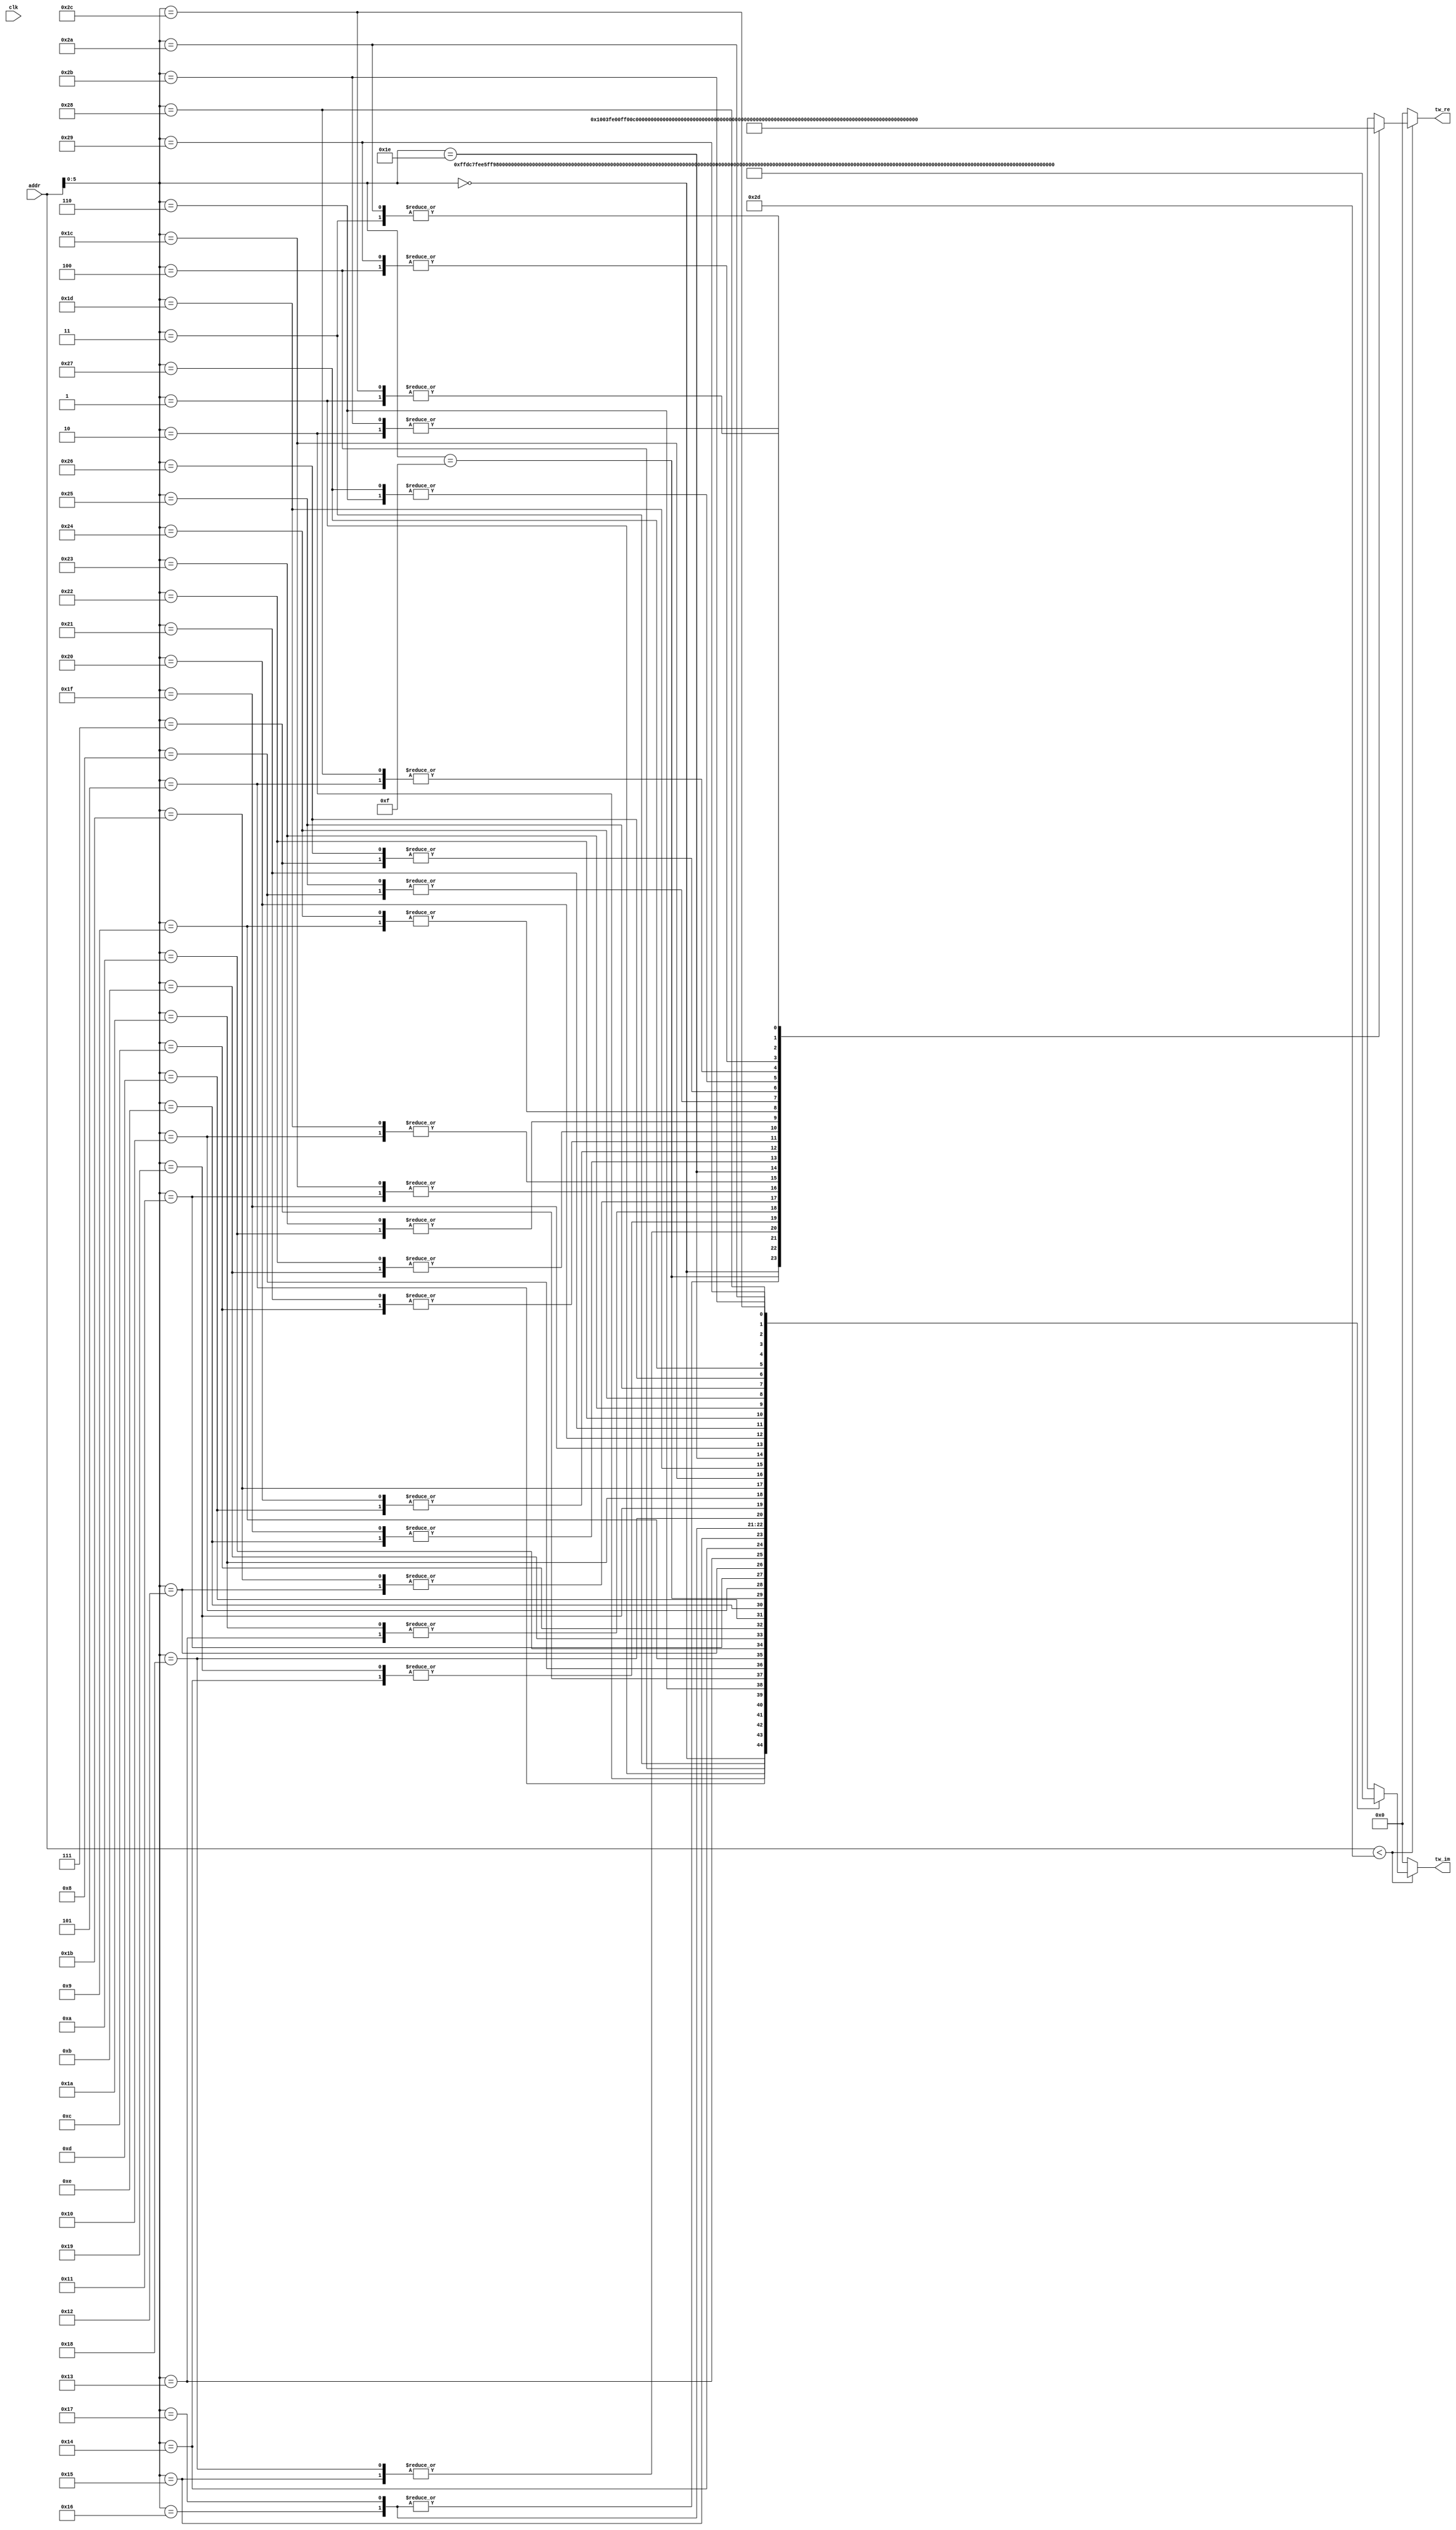
module Twiddle45 #(
    parameter   TW_FF = 0   //  Use Output Register
)(
    input           clk,  //  Master Clock
    input   [10:0]   addr,   //  Twiddle Factor Number
    output  [17:0]  tw_re,  //  Twiddle Factor (Real)
    output  [17:0]  tw_im   //  Twiddle Factor (Imag)
);

wire[17:0]  wn_re[0:44];   //  Twiddle Table (Real)
wire[17:0]  wn_im[0:44];   //  Twiddle Table (Imag)
wire[17:0]  mx_re;          //  Multiplexer output (Real)
wire[17:0]  mx_im;          //  Multiplexer output (Imag)
reg [17:0]  ff_re;          //  Register output (Real)
reg [17:0]  ff_im;          //  Register output (Imag)

assign  mx_re = addr<45 ? wn_re[addr] : 0;
assign  mx_im = addr<45 ? wn_im[addr] : 0;

always @(posedge clk) begin
    ff_re <= mx_re;
    ff_im <= mx_im;
end

assign  tw_re = TW_FF ? ff_re : mx_re;
assign  tw_im = TW_FF ? ff_im : mx_im;
assign wn_re[0] = 18'b000000010000000000; assign wn_im[0] = 18'b000000000000000000; 
assign wn_re[1] = 18'b000000001111110110; assign wn_im[1] = 18'b111111111101110001; 
assign wn_re[2] = 18'b000000001111011000; assign wn_im[2] = 18'b111111111011100101; 
assign wn_re[3] = 18'b000000001110100111; assign wn_im[3] = 18'b111111111001011111; 
assign wn_re[4] = 18'b000000001101100100; assign wn_im[4] = 18'b111111110111100001; 
assign wn_re[5] = 18'b000000001100010000; assign wn_im[5] = 18'b111111110101101101; 
assign wn_re[6] = 18'b000000001010101101; assign wn_im[6] = 18'b111111110100000111; 
assign wn_re[7] = 18'b000000001000111100; assign wn_im[7] = 18'b111111110010101111; 
assign wn_re[8] = 18'b000000000111000000; assign wn_im[8] = 18'b111111110001100111; 
assign wn_re[9] = 18'b000000000100111100; assign wn_im[9] = 18'b111111110000110010; 
assign wn_re[10] = 18'b000000000010110001; assign wn_im[10] = 18'b111111110000001111; 
assign wn_re[11] = 18'b000000000000100011; assign wn_im[11] = 18'b111111110000000000; 
assign wn_re[12] = 18'b111111111110010100; assign wn_im[12] = 18'b111111110000000101; 
assign wn_re[13] = 18'b111111111100001000; assign wn_im[13] = 18'b111111110000011110; 
assign wn_re[14] = 18'b111111111010000000; assign wn_im[14] = 18'b111111110001001010; 
assign wn_re[15] = 18'b111111111000000000; assign wn_im[15] = 18'b111111110010001001; 
assign wn_re[16] = 18'b111111110110001001; assign wn_im[16] = 18'b111111110011011001; 
assign wn_re[17] = 18'b111111110100011111; assign wn_im[17] = 18'b111111110100111000; 
assign wn_re[18] = 18'b111111110011000011; assign wn_im[18] = 18'b111111110110100110; 
assign wn_re[19] = 18'b111111110001110111; assign wn_im[19] = 18'b111111111000011111; 
assign wn_re[20] = 18'b111111110000111101; assign wn_im[20] = 18'b111111111010100001; 
assign wn_re[21] = 18'b111111110000010110; assign wn_im[21] = 18'b111111111100101011; 
assign wn_re[22] = 18'b111111110000000010; assign wn_im[22] = 18'b111111111110111000; 
assign wn_re[23] = 18'b111111110000000010; assign wn_im[23] = 18'b000000000001000111; 
assign wn_re[24] = 18'b111111110000010110; assign wn_im[24] = 18'b000000000011010100; 
assign wn_re[25] = 18'b111111110000111101; assign wn_im[25] = 18'b000000000101011110; 
assign wn_re[26] = 18'b111111110001110111; assign wn_im[26] = 18'b000000000111100000; 
assign wn_re[27] = 18'b111111110011000011; assign wn_im[27] = 18'b000000001001011001; 
assign wn_re[28] = 18'b111111110100011111; assign wn_im[28] = 18'b000000001011000111; 
assign wn_re[29] = 18'b111111110110001001; assign wn_im[29] = 18'b000000001100100110; 
assign wn_re[30] = 18'b111111110111111111; assign wn_im[30] = 18'b000000001101110110; 
assign wn_re[31] = 18'b111111111010000000; assign wn_im[31] = 18'b000000001110110101; 
assign wn_re[32] = 18'b111111111100001000; assign wn_im[32] = 18'b000000001111100001; 
assign wn_re[33] = 18'b111111111110010100; assign wn_im[33] = 18'b000000001111111010; 
assign wn_re[34] = 18'b000000000000100011; assign wn_im[34] = 18'b000000001111111111; 
assign wn_re[35] = 18'b000000000010110001; assign wn_im[35] = 18'b000000001111110000; 
assign wn_re[36] = 18'b000000000100111100; assign wn_im[36] = 18'b000000001111001101; 
assign wn_re[37] = 18'b000000000111000000; assign wn_im[37] = 18'b000000001110011000; 
assign wn_re[38] = 18'b000000001000111100; assign wn_im[38] = 18'b000000001101010000; 
assign wn_re[39] = 18'b000000001010101101; assign wn_im[39] = 18'b000000001011111000; 
assign wn_re[40] = 18'b000000001100010000; assign wn_im[40] = 18'b000000001010010010; 
assign wn_re[41] = 18'b000000001101100100; assign wn_im[41] = 18'b000000001000011110; 
assign wn_re[42] = 18'b000000001110100111; assign wn_im[42] = 18'b000000000110100000; 
assign wn_re[43] = 18'b000000001111011000; assign wn_im[43] = 18'b000000000100011010; 
assign wn_re[44] = 18'b000000001111110110; assign wn_im[44] = 18'b000000000010001110; 

endmodule